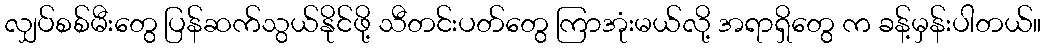
လျှပ်စစ်မီးတွေ ပြန်ဆက်သွယ်နိုင်ဖို့ သီတင်းပတ်တွေ ကြာအုံးမယ်လို့ အရာရှိတွေ က ခန့်မှန်းပါတယ်။